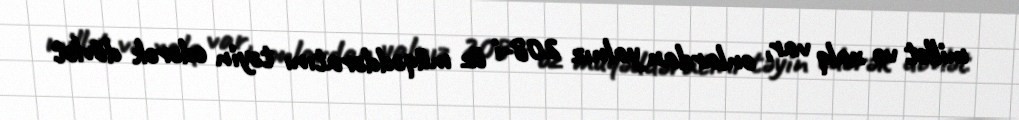
millət və xalq var, onlardan yalnız 208-i öz müqəddəratını təyin edərək dövlət